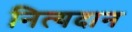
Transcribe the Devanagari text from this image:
नित्यदान